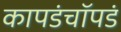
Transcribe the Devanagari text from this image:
कापडंचॉपडं